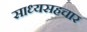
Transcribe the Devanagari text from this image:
साध्यसहचार